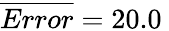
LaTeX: \overline{{Error}}=20.0\